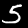
Label: 5